Civil Veterinary Department. United Provinces 1932-42 - 1932-1942
Year: 1932
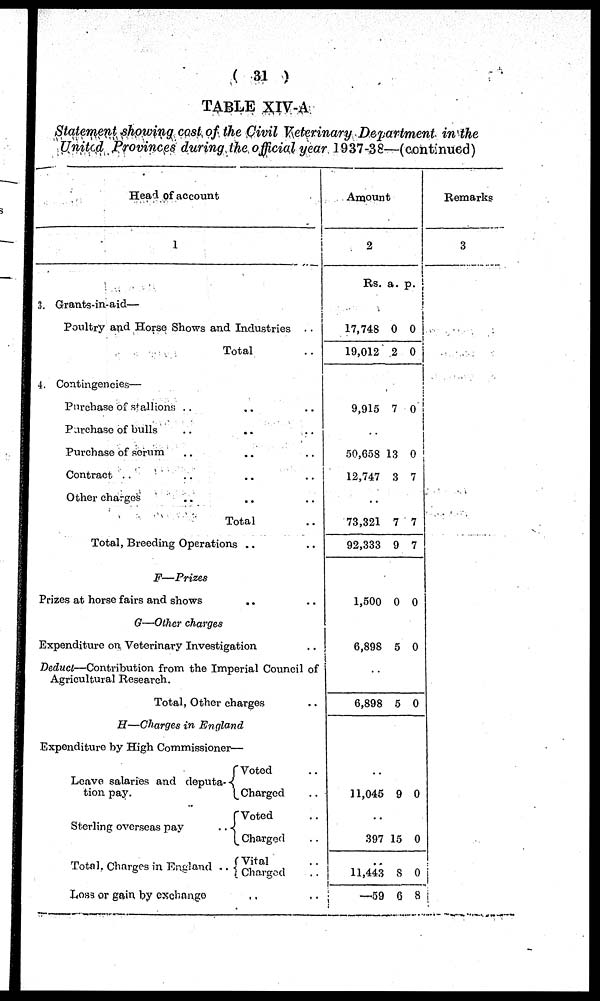
(31)
TABLE XIV-A
Statement showing cost of the Civil Veterinary Department in the
United Provinces during the official year 1937-38—(continued)
Head of account
1
3. Grants-in-aid—
Poultry and Horse Shows and Industries
..
Total ..
4. Contingencies—
Purchase of stallions .. .. ..
Purchase of bulls .. .. ..
Purchase of serum .. .. ..
Contract .. .. .. ..
Other charges .. .. ..
Total ..
Total, Breeding Operations .. ..
F—Prizes
Prizes at horse fairs and shows .. ..
G—Other charges
Expenditure on. Veterinary Investigation ..
Deduct—Contribution
from the Imperial Council of
Agricultural Research.
Total, Other charges ..
H—Charges in England
Expenditure by High Commissioner—
Leave salaries and deputa-
tion pay.
Sterling overseas pay
..
Total, Charges in England ..
Loss or gain by exchange .. ..
Voted ..
Charged ..
Voted ..
Charged ..
Vital ..
Charged ..
Amount
2
Rs. a. p.
17,748
19,012
0
2
0
0
9,915 7 0
..
50,658
12,747
13
3
0
7
73,321
92,333
7
9
7
7
1,500 0 0
6,898 5 0
..
6,898 5 0
..
11,045 9 0
..
397 15 0
..
11,443
– 59
8
6
0
8
Remarks
3